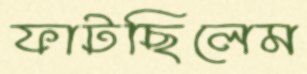
ফাটছিলেম